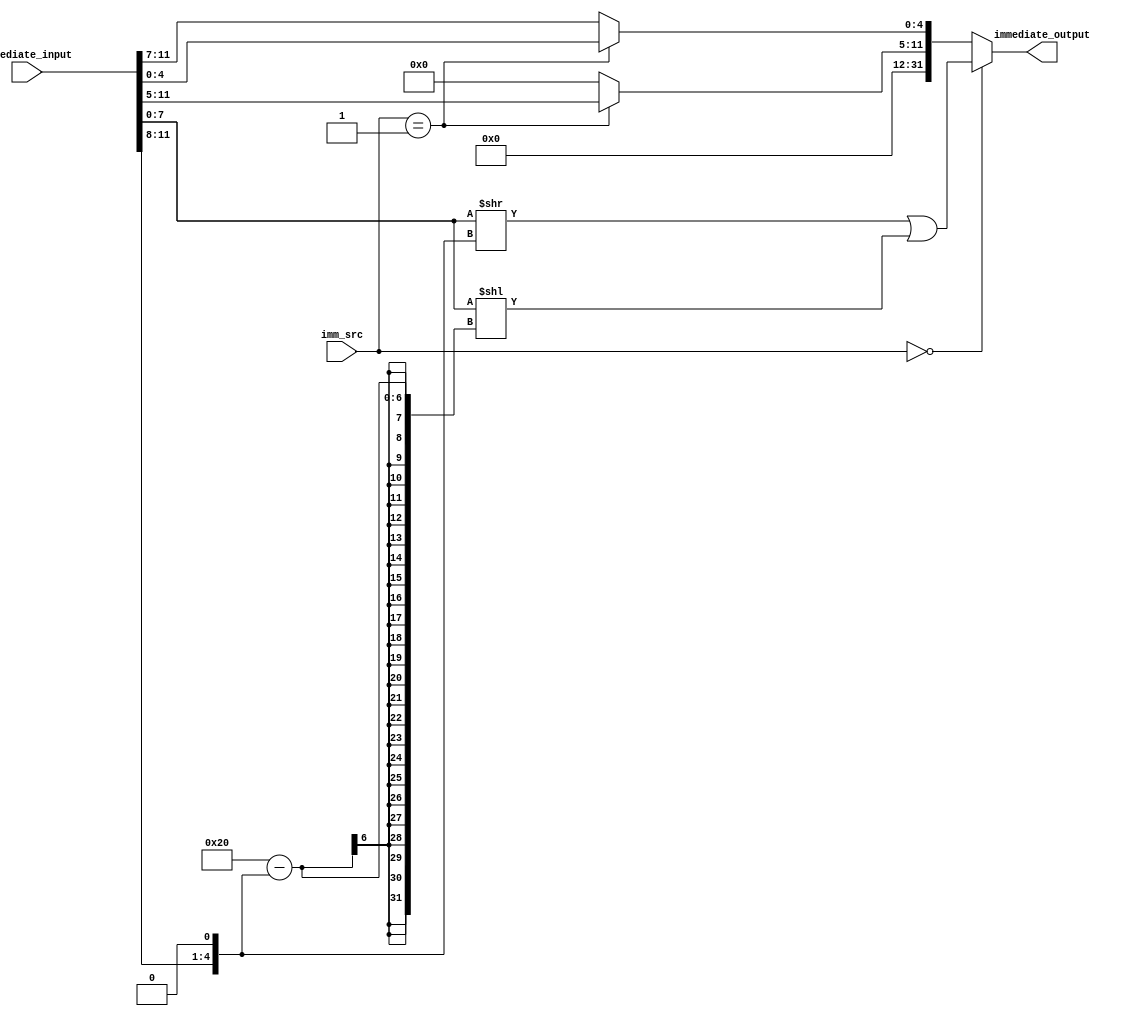
module immediate_extender (
	immediate_input, 
	imm_src, 
	immediate_output
); 
	input [11:0]immediate_input; 
	input [1:0]imm_src; 
	output reg [31:0]immediate_output; 
	
	reg [4:0] rotate_val; 
	reg [31:0] immediate_right_partition, immediate_left_partition; 
	reg [31:0]immediate_input_value; 
	
	
	always @(imm_src, immediate_input) begin 
		immediate_output = 32'b0; // initialize to 0. 
		rotate_val = (immediate_input[11:8] << 1 ) ; // multiply the rotate value by 2.
		immediate_input_value = 32'b0; 
		immediate_input_value[7:0] = immediate_input[7:0]; 
		if (imm_src == 2'b00) begin 
			// shift right the input with the provided rotate value. 
			// shift left the input with the provided 32-rotate value.
			// then or these two subpartitions to obtain the final output. 
			immediate_right_partition = immediate_input_value >> rotate_val; 
			immediate_left_partition = immediate_input_value << 32-rotate_val; 
			immediate_output = immediate_right_partition | immediate_left_partition; 
		end 
		else if (imm_src == 2'b01) begin  
			// if immediate source is 01, we have a memory reference instruction. 
			immediate_right_partition = 32'b0; 
			immediate_left_partition = 32'b0; 
			immediate_output[11:0] = immediate_input; 
			immediate_output[31:12] = 20'b0; 
		end 
		else begin 
			immediate_right_partition = 32'b0; 
			immediate_left_partition = 32'b0;
			immediate_output[4:0] = immediate_input[11:7];
			immediate_output[31:5] = 27'b0; 
		end 
	end 
	
endmodule